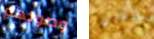
وصولهم صادقين